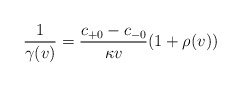
\begin{align*} \frac{1}{\gamma(v)}=\frac{c_{+0}-c_{-0}}{\kappa v}(1+\rho(v))\end{align*}